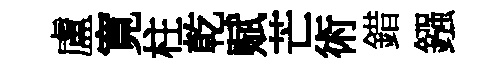
盧寛柱乾赋芒術錯鏹